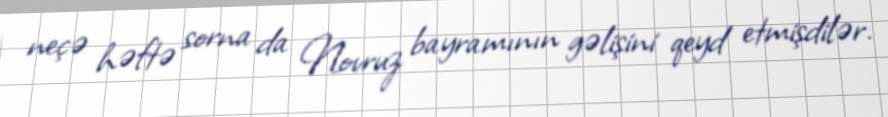
neçə həftə sorna da Novruz bayramının gəlişini qeyd etmişdilər.